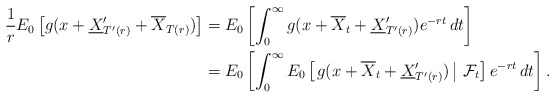
\begin{align*}\frac{1}{r} E_0\left[g(x+\underline{X}'_{T'(r)} +\overline{X}_{T(r)})\right] &= E_0\left[\int_0^{\infty} g(x+\overline{X}_t+\underline{X}'_{T'(r)})e^{-rt}\,dt\right] \\&=E_0\left[\int_0^{\infty}E_0\left[\left.g(x+\overline{X}_t+\underline{X}'_{T'(r)})\,\right\vert\,\mathcal{F}_t\right]e^{-rt}\,dt\right] .\end{align*}